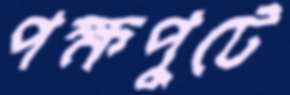
পক্ষপুটে